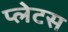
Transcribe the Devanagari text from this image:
प्लेटस